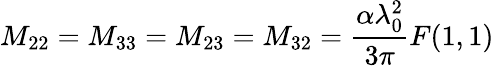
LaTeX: M_{22}=M_{33}=M_{23}=M_{32}=\frac{\alpha\lambda_{0}^{2}}{3\pi}F(1,1)